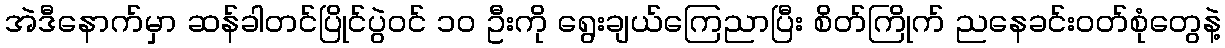
အဲဒီနောက်မှာ ဆန်ခါတင်ပြိုင်ပွဲဝင် ၁ဝ ဦးကို ရွေးချယ်ကြေညာပြီး စိတ်ကြိုက် ညနေခင်းဝတ်စုံတွေနဲ့